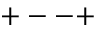
+ -- +